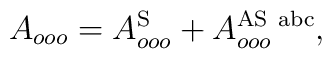
A_{ooo}=A_{ooo}^{\rm S}+A_{ooo}^{\rm AS\ abc},